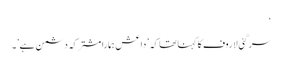
‘
سرگئی لاروف کا کہنا تھا کہ \’داعش ہمارا مشترکہ دشمن ہے\’۔